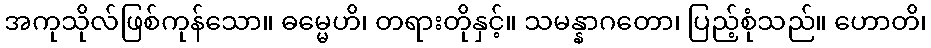
အကုသိုလ်ဖြစ်ကုန်သော။ ဓမ္မေဟိ၊ တရားတိုနှင့်။ သမန္နာဂတော၊ ပြည့်စုံသည်။ ဟောတိ၊